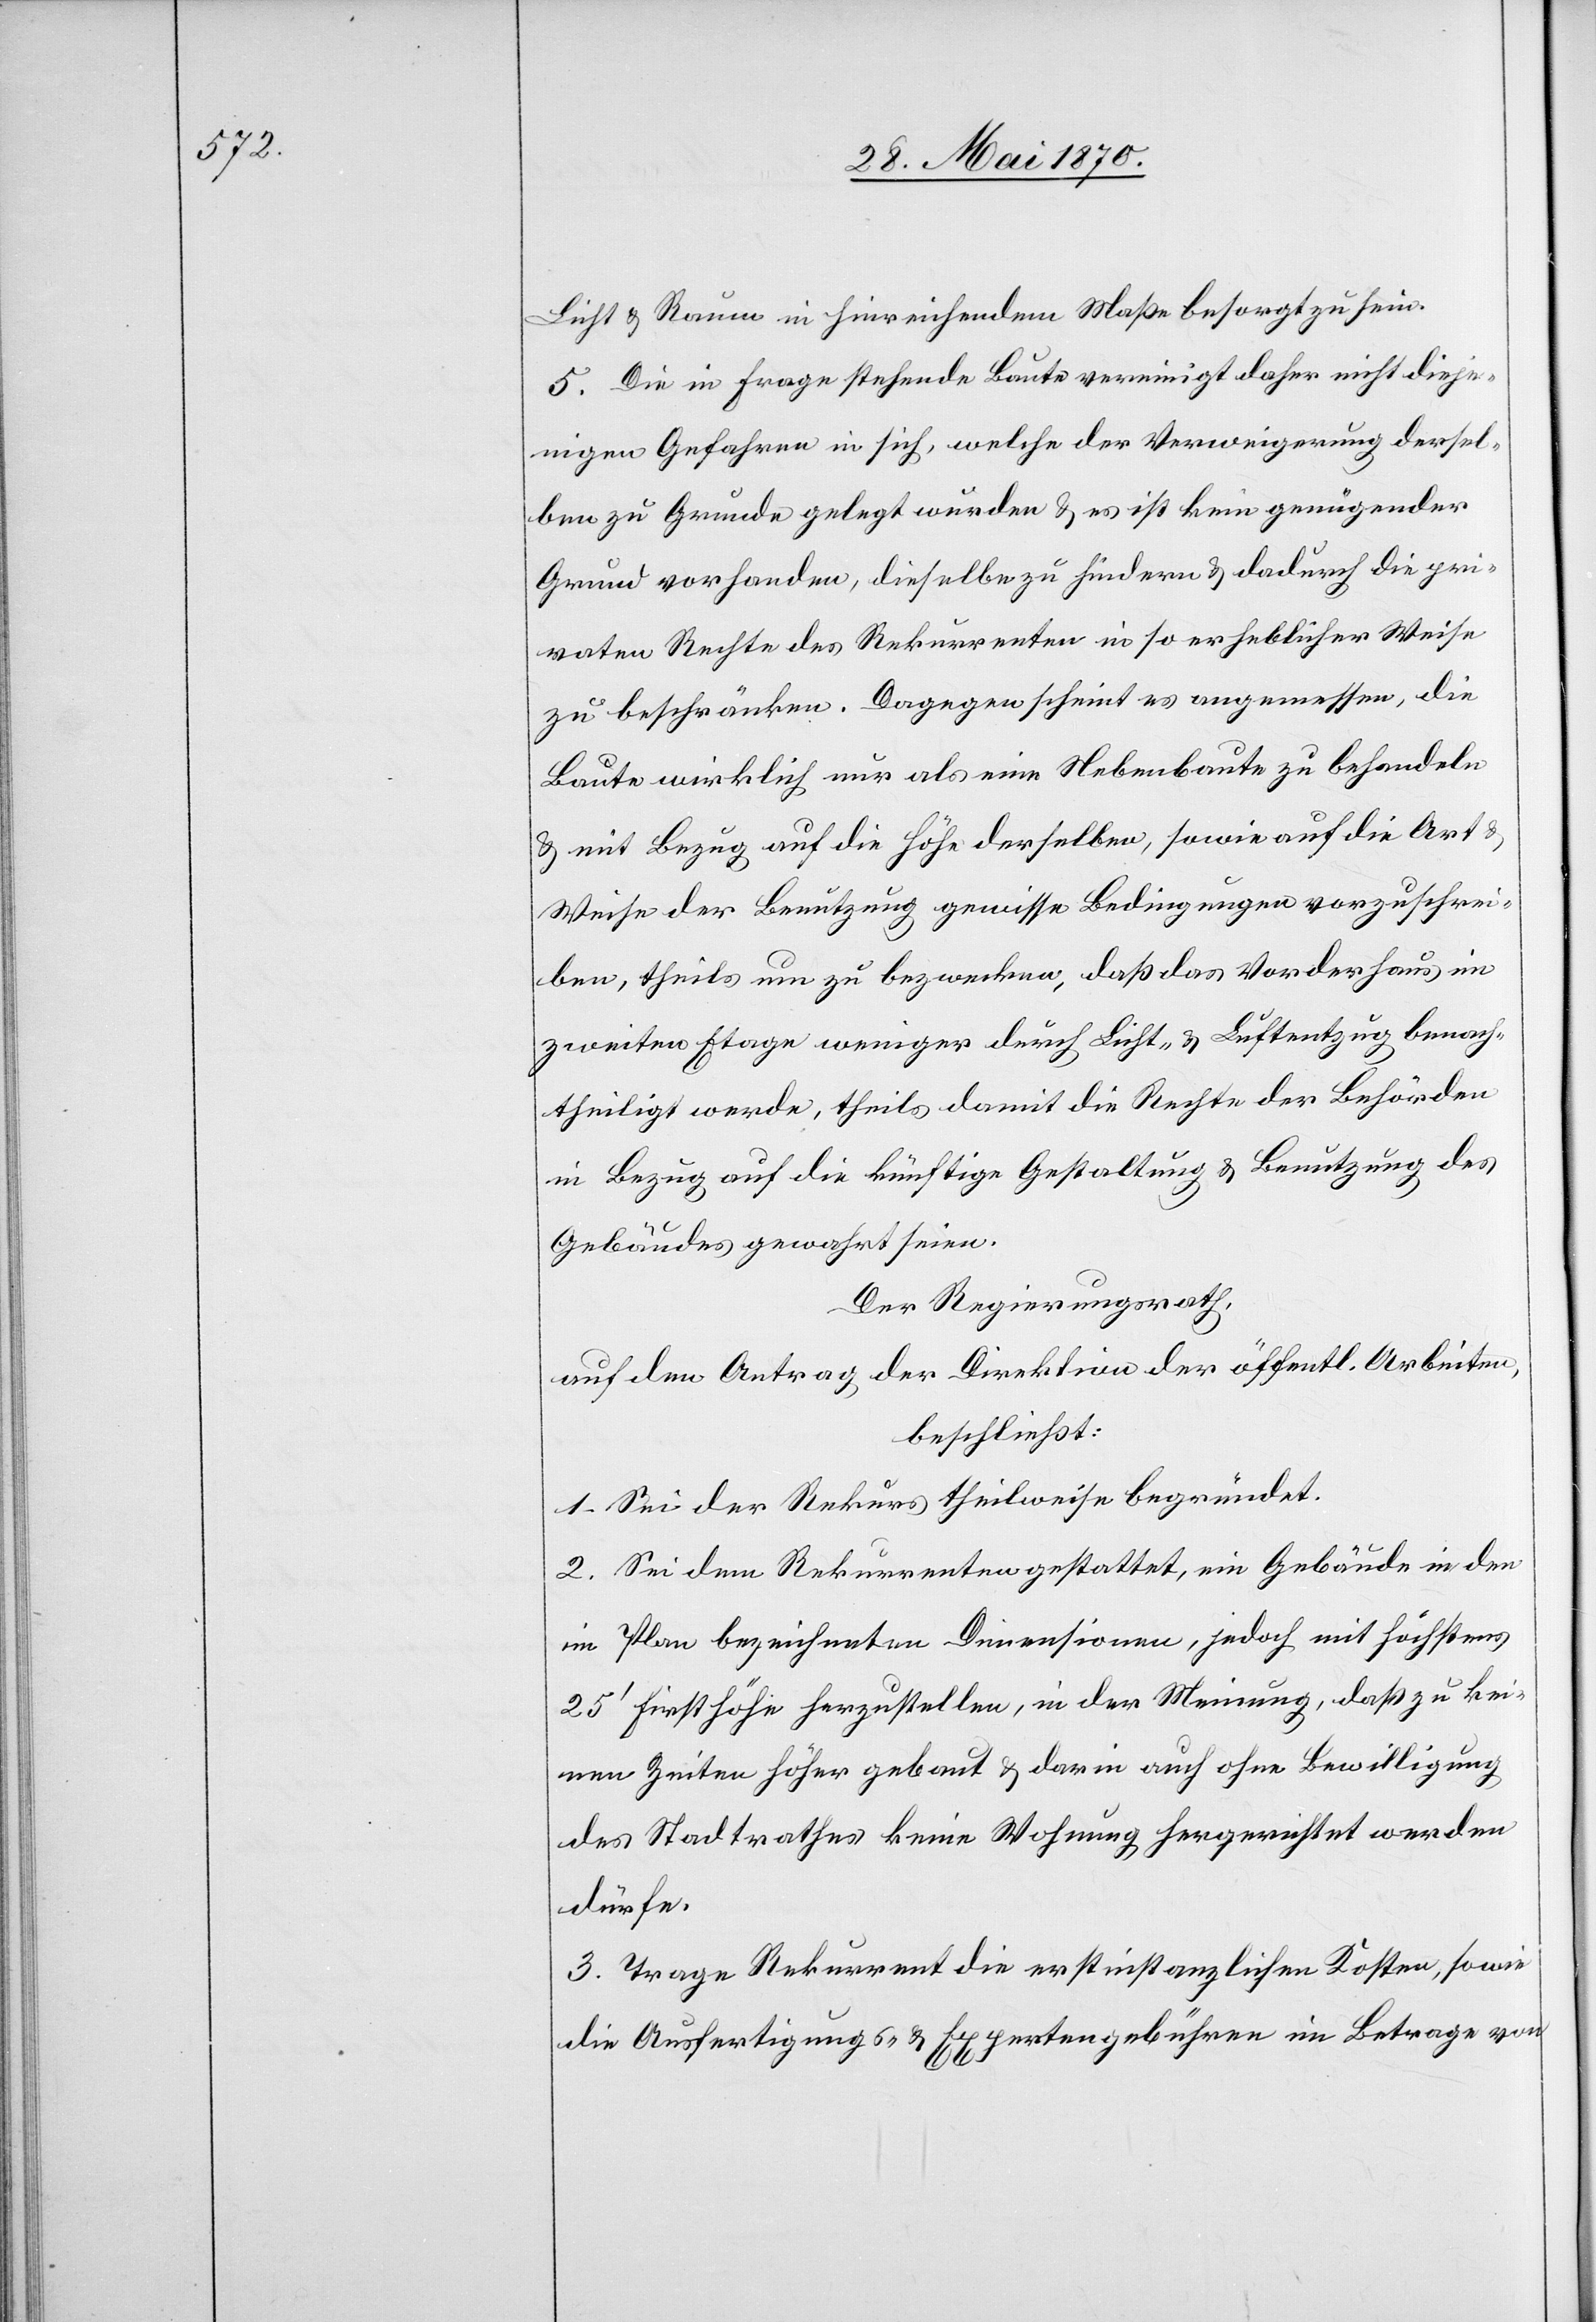
Licht & Raum in hinreichendem Maße besorgt zu sein.
5. Die in Frage stehende Baute vereinigt daher nicht dieje¬
nigen Gefahren in sich, welche der Verweigerung dersel¬
ben zu Grunde gelegt wurden & es ist kein genügender
Grund vorhanden, dieselbe zu hindern & dadurch die pri¬
vaten Rechte des Rekurrenten in so erheblicher Weise
zu beschränken. Dagegen scheint es angemessen, die
Baute wirklich nur als eine Nebenbaute zu behandeln
& mit Bezug auf die Höhe derselben, sowie auf die Art &
Weise der Benutzung gewisse Bedingungen vorzuschrei¬
ben, theils um zu bezwecken, daß das Wanderhaus im
zweiten Etage [sic!] weniger durch Licht- & Luftentzug benach¬
theiligt werde, theils damit die Rechte der Behörden
in Bezug auf die künftige Gestaltung & Benutzung des
Gebäudes gewahrt seien.
Der Regierungsrath,
auf den Antrag der Direktion der öff. Arbeiten,
beschließt:
1. Sei der Rekurs theilweise begründet.
2. Sei dem Rekurrenten gestattet, ein Gebäude in den
im Plan bezeichneten Dimensionen, jedoch mit höchstens
25‘ Firsthöhe herzustellen, in der Meinung, daß zu kei¬
nen Zeiten höher gebaut & darin auch ohne Bewilligung
des Stadtrathes keine Wohnung hergerichtet werden
dürfe.
3. Trage Rekurrent die erstinstanzlichen Kosten, sowie
die Ausfertigungs- & Expertengebühren im Betrage von